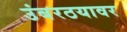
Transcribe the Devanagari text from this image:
उंबरठयावर